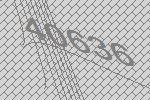
40636